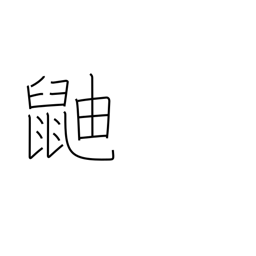
Meaning: skunk